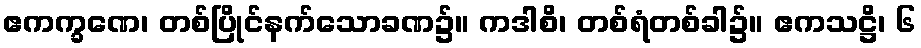
ဧကက္ခဏေ၊ တစ်ပြိုင်နက်သောခဏ၌။ ကဒါစိ၊ တစ်ရံတစ်ခါ၌။ ဧကသဋ္ဌိ၊ ၆